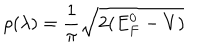
\rho ( \lambda ) = \frac { 1 } { \pi } \sqrt { 2 ( E _ { F } ^ { 0 } - V ) }